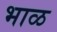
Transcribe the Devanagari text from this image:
भाळ